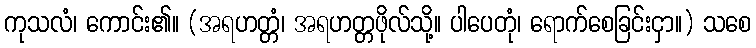
ကုသလံ၊ ကောင်း၏။ (အရဟတ္တံ၊ အရဟတ္တဖိုလ်သို့။ ပါပေတုံ၊ ရောက်စေခြင်းငှာ။) သစေ